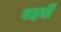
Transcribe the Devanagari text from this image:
वदनीं